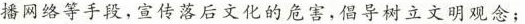
播网络等手段，宣传落后文化的危害，倡导树立文明观念；